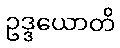
ဥဒ္ဒယောတိ